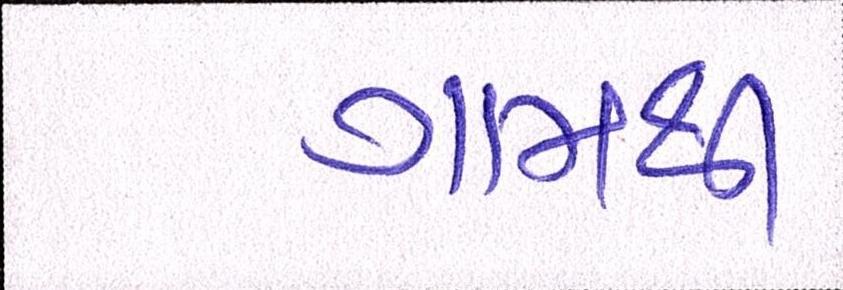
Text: ગામથી